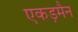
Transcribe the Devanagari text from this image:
एकड़मैन